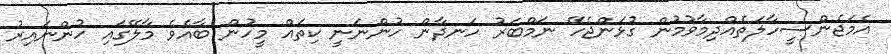
އެމަޖެންސީހާލަތެއްދިމާވުމުން ގުޅަންޖެހޭ ނަމްބަރު ހަނދާން ހުންނަނީ ކިތައް މީހުން ބާއެވެ މާލޭގައި ހުންނައިރު